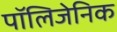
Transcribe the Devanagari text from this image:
पॉलिजेनिक